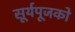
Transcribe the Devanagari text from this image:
सूर्यपूजको